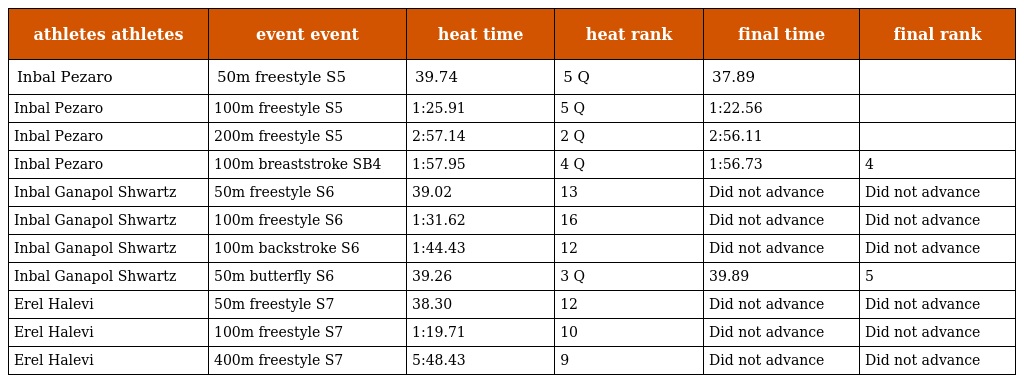
| athletes athletes | event event | heat time | heat rank | final time | final rank |
 | --- | --- | --- | --- | --- | --- |
 | Inbal Pezaro | 50m freestyle S5 | 39.74 | 5 Q | 37.89 |  |
 | Inbal Pezaro | 100m freestyle S5 | 1:25.91 | 5 Q | 1:22.56 |  |
 | Inbal Pezaro | 200m freestyle S5 | 2:57.14 | 2 Q | 2:56.11 |  |
 | Inbal Pezaro | 100m breaststroke SB4 | 1:57.95 | 4 Q | 1:56.73 | 4 |
 | Inbal Ganapol Shwartz | 50m freestyle S6 | 39.02 | 13 | Did not advance | Did not advance |
 | Inbal Ganapol Shwartz | 100m freestyle S6 | 1:31.62 | 16 | Did not advance | Did not advance |
 | Inbal Ganapol Shwartz | 100m backstroke S6 | 1:44.43 | 12 | Did not advance | Did not advance |
 | Inbal Ganapol Shwartz | 50m butterfly S6 | 39.26 | 3 Q | 39.89 | 5 |
 | Erel Halevi | 50m freestyle S7 | 38.30 | 12 | Did not advance | Did not advance |
 | Erel Halevi | 100m freestyle S7 | 1:19.71 | 10 | Did not advance | Did not advance |
 | Erel Halevi | 400m freestyle S7 | 5:48.43 | 9 | Did not advance | Did not advance |